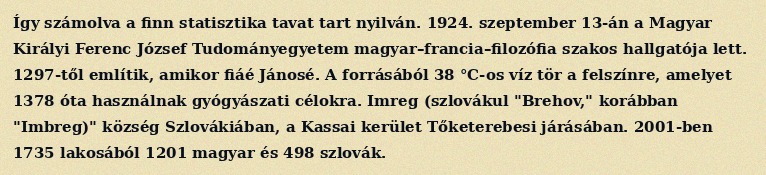
Így számolva a finn statisztika tavat tart nyilván. 1924. szeptember 13-án a Magyar Királyi Ferenc József Tudományegyetem magyar–francia–filozófia szakos hallgatója lett. 1297-től említik, amikor fiáé Jánosé. A forrásából 38 °C-os víz tör a felszínre, amelyet 1378 óta használnak gyógyászati célokra. Imreg (szlovákul "Brehov," korábban "Imbreg)" község Szlovákiában, a Kassai kerület Tőketerebesi járásában. 2001-ben 1735 lakosából 1201 magyar és 498 szlovák.